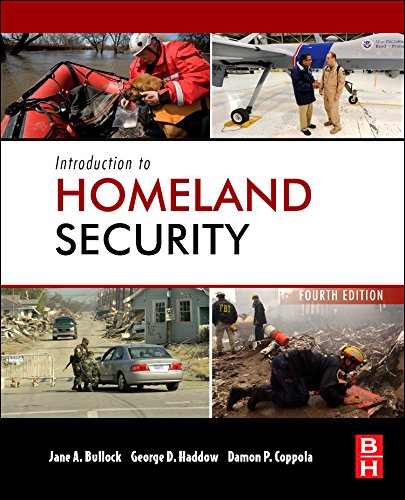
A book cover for Introduction to Homeland Security, Fourth Edition: Principles of All-Hazards Risk Management; Jane Bullock; Business & Money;